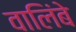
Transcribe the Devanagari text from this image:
वालिंबे